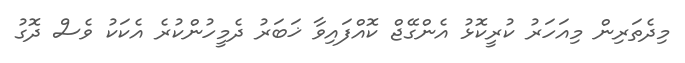
މިދެތަރިން މިއަހަރު ކުރީކޮޅު އެންގޭޖް ކޮއްފައިވާ ޚަބަރު ދެމީހުންކުރެ އެކަކު ވެސް ދޮގު